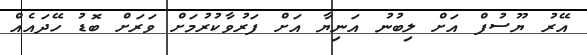
އޭރު ޔޫސުފް އަށް ލިބުނު އަނިޔާ އަށް ފަރުވާކުރުމަށް ވަރަށް ބޮޑު ހޭދައެއް